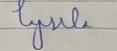
Signature authenticity: forged